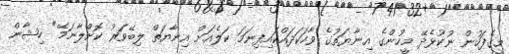
މީގެފަހުން ނުކުޅެދޭ މީހުންގެ އިނާޔަތުގެ ވާހަކަދައްކައިފިނަމަ ކަލެއަށް އިނާޔަތް ލިބޭވަރު ކޮށްލާނަމޭ" ހިޝާން